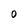
Character: O